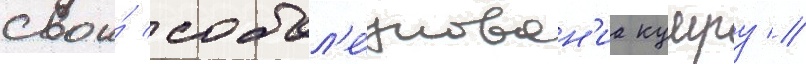
свои́ собол'е́знован'иа кумру //